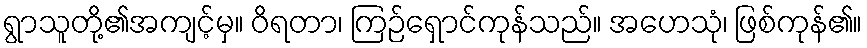
ရွာသူတို့၏အကျင့်မှ။ ဝိရတာ၊ ကြဉ်ရှောင်ကုန်သည်။ အဟေသုံ၊ ဖြစ်ကုန်၏။